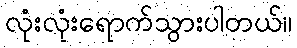
လုံးလုံးရောက်သွားပါတယ်။